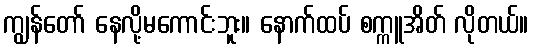
ကျွန်တော် နေလို့မကောင်းဘူး။ နောက်ထပ် စက္ကူအိတ် လိုတယ်။